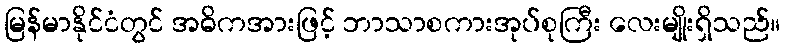
မြန်မာနိုင်ငံတွင် အဓိကအားဖြင့် ဘာသာစကားအုပ်စုကြီး လေးမျိုးရှိသည်။